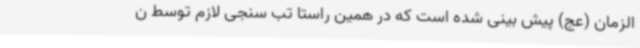
الزمان (عج) پیش بینی شده است که در همین راستا تب سنجی لازم توسط ن